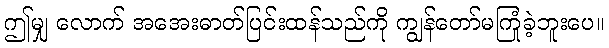
ဤမျှ လောက် အအေးဓာတ်ပြင်းထန်သည်ကို ကျွန်တော်မကြုံခဲ့ဘူးပေ။